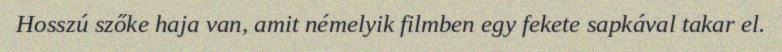
Hosszú szőke haja van, amit némelyik filmben egy fekete sapkával takar el.